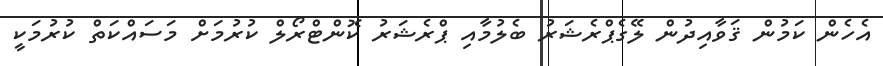
އެހެން ކަމުން ޤަވާއިދުން ލޭގެޕްރެޝަރު ބެލުމާއި ޕްރެޝަރު ކޮންޓްރޯލް ކުރުމަށް މަސައްކަތް ކުރުމަކީ